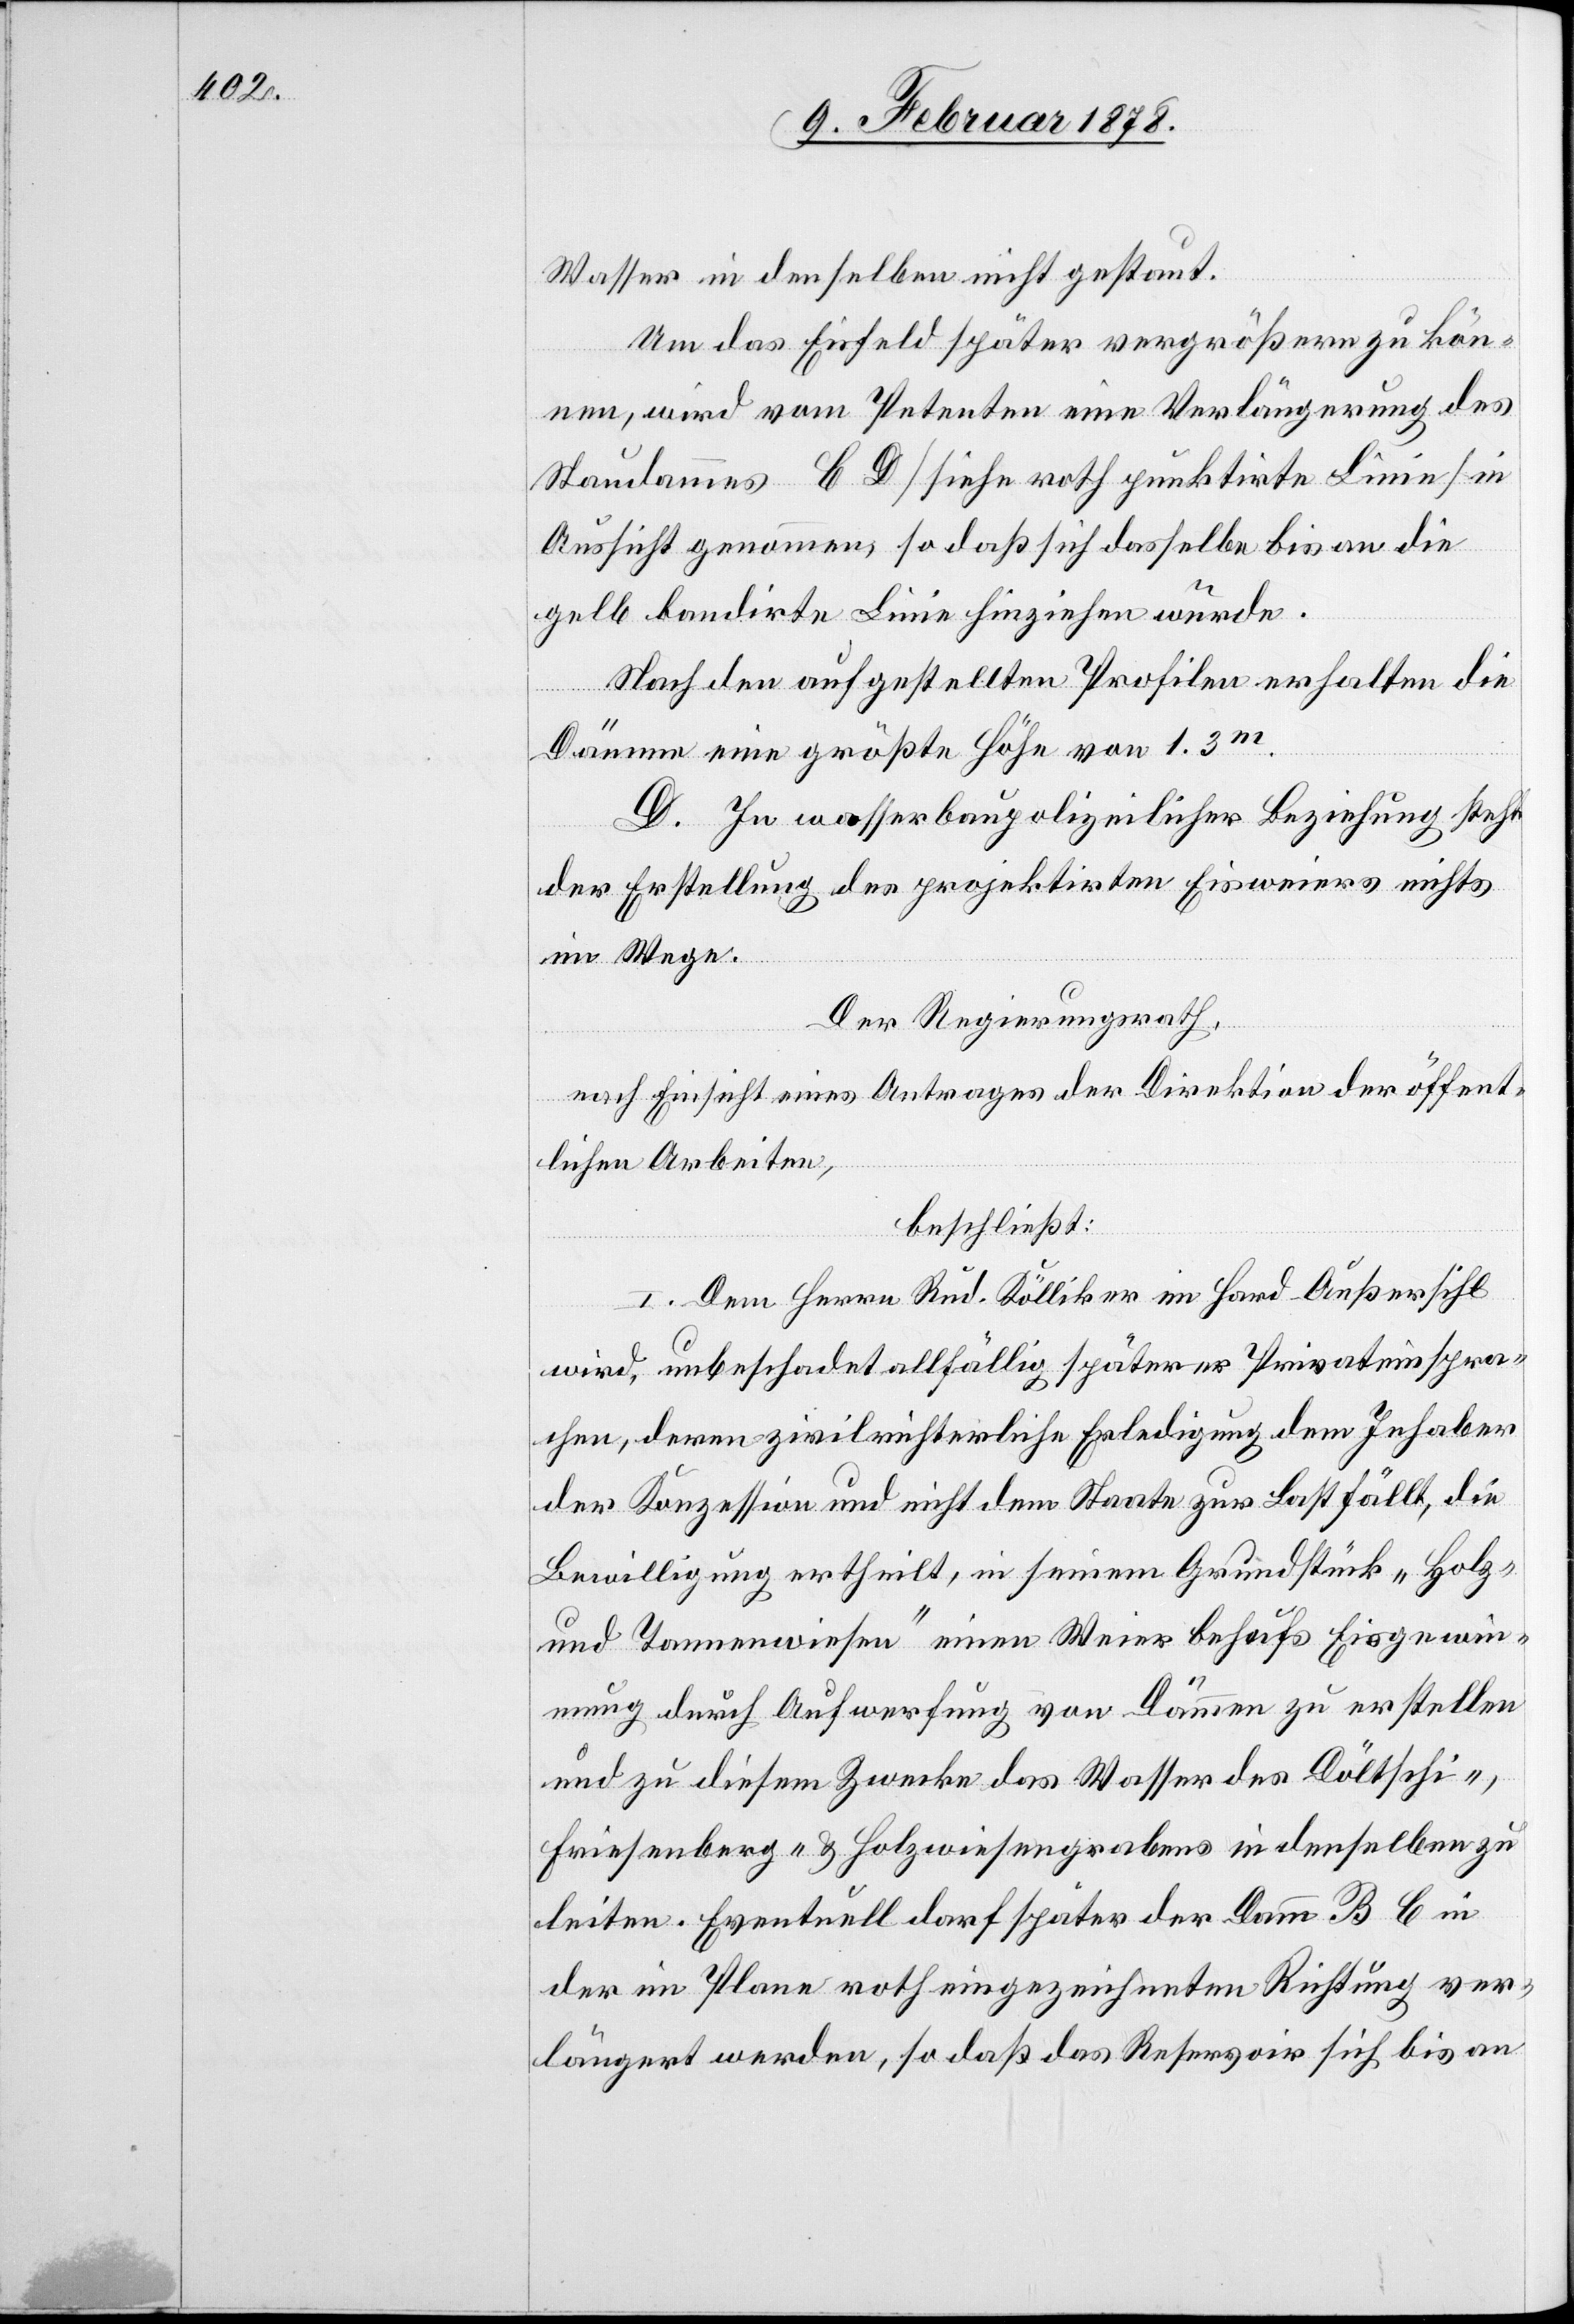
Wasser in denselben nicht gestaut.
Um das Eisfeld später vergrößern zu kön¬
nen, wird vom Petenten eine Verlängerung des
Staudammes C D (siehe roth punktirte Linie) in
Aussicht genommen, so daß sich dasselbe bis an die
gelb kandirte Linie hinziehen würde.
Nach den aufgestellten Profilen erhalten die
Dämme eine größte Höhe von 1.3m.
D. In wasserbaupolizeilicher Beziehung steht
der Erstellung des projektirten Eisweiers nichts
im Wege.
Der Regierungsrath,
nach Einsicht eines Antrages der Direktion der öffent¬
lichen Arbeiten,
beschließt:
I. Dem Herrn Rud. Kölliker im Hard - Außersihl
wird, unbeschadet allfällig späterer Privateinspra¬
chen, deren zivilrichterliche Erledigung dem Inhaber
der Konzession und nicht dem Staate zur Last fällt, die
Bewilligung ertheilt, in seinem Grundstück „Holz-
und Tannenwiesen“ einen Weier behufs Eisgewin¬
nung durch Aufwerfung von Dämmen zu erstellen
und zu diesem Zwecke das Wasser des Döltschi-,
Friesenberg- & Holzwiesengrabens in denselben zu
leiten. Eventuell darf später der Damm B C in
der im Plane roth eingezeichneten Richtung ver¬
längert werden, so daß das Reservoir sich bis an